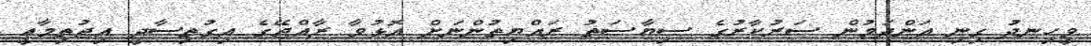
ވީހިނދު ގިނި އަންދަމުން ސަރުކާރުގެ ސިޔާސަތު ރައްޔިތުންނަށް އޮޅުވާ ރާއްޖޭގެ އިގުތިސާދީ އިޖުތިމާޢީ